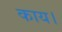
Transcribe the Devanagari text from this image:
काय।